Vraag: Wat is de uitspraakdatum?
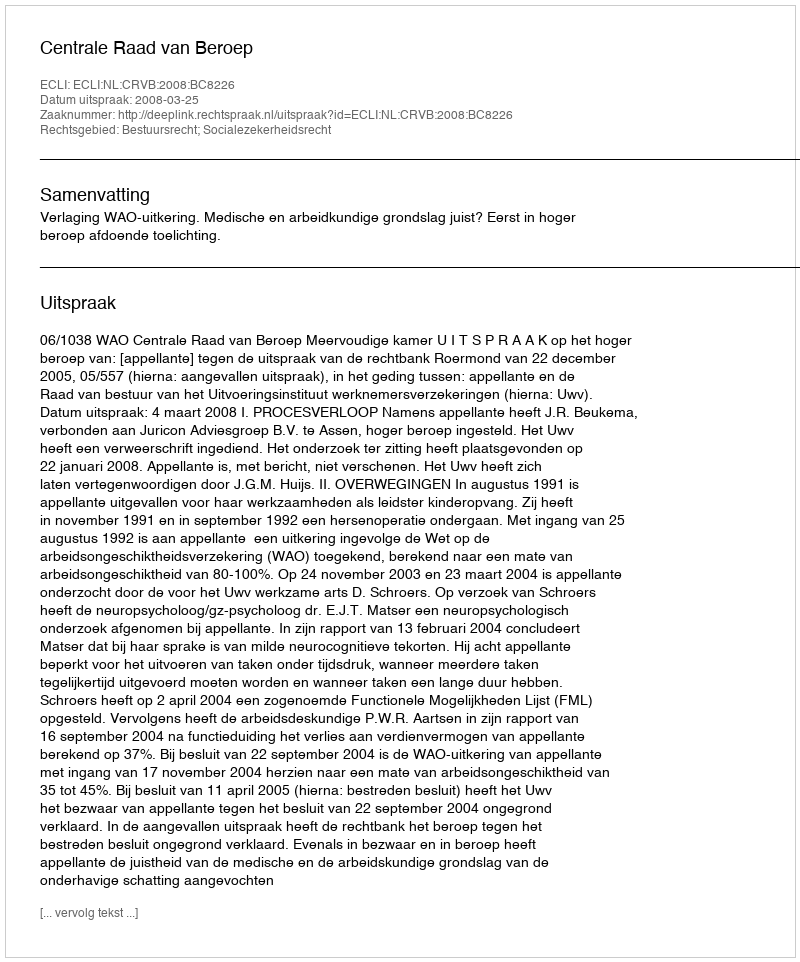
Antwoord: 2008-03-25